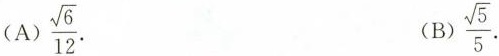
(A).\frac{\sqrt{6}}{12}.(B).\frac{\sqrt{5}}{5}.